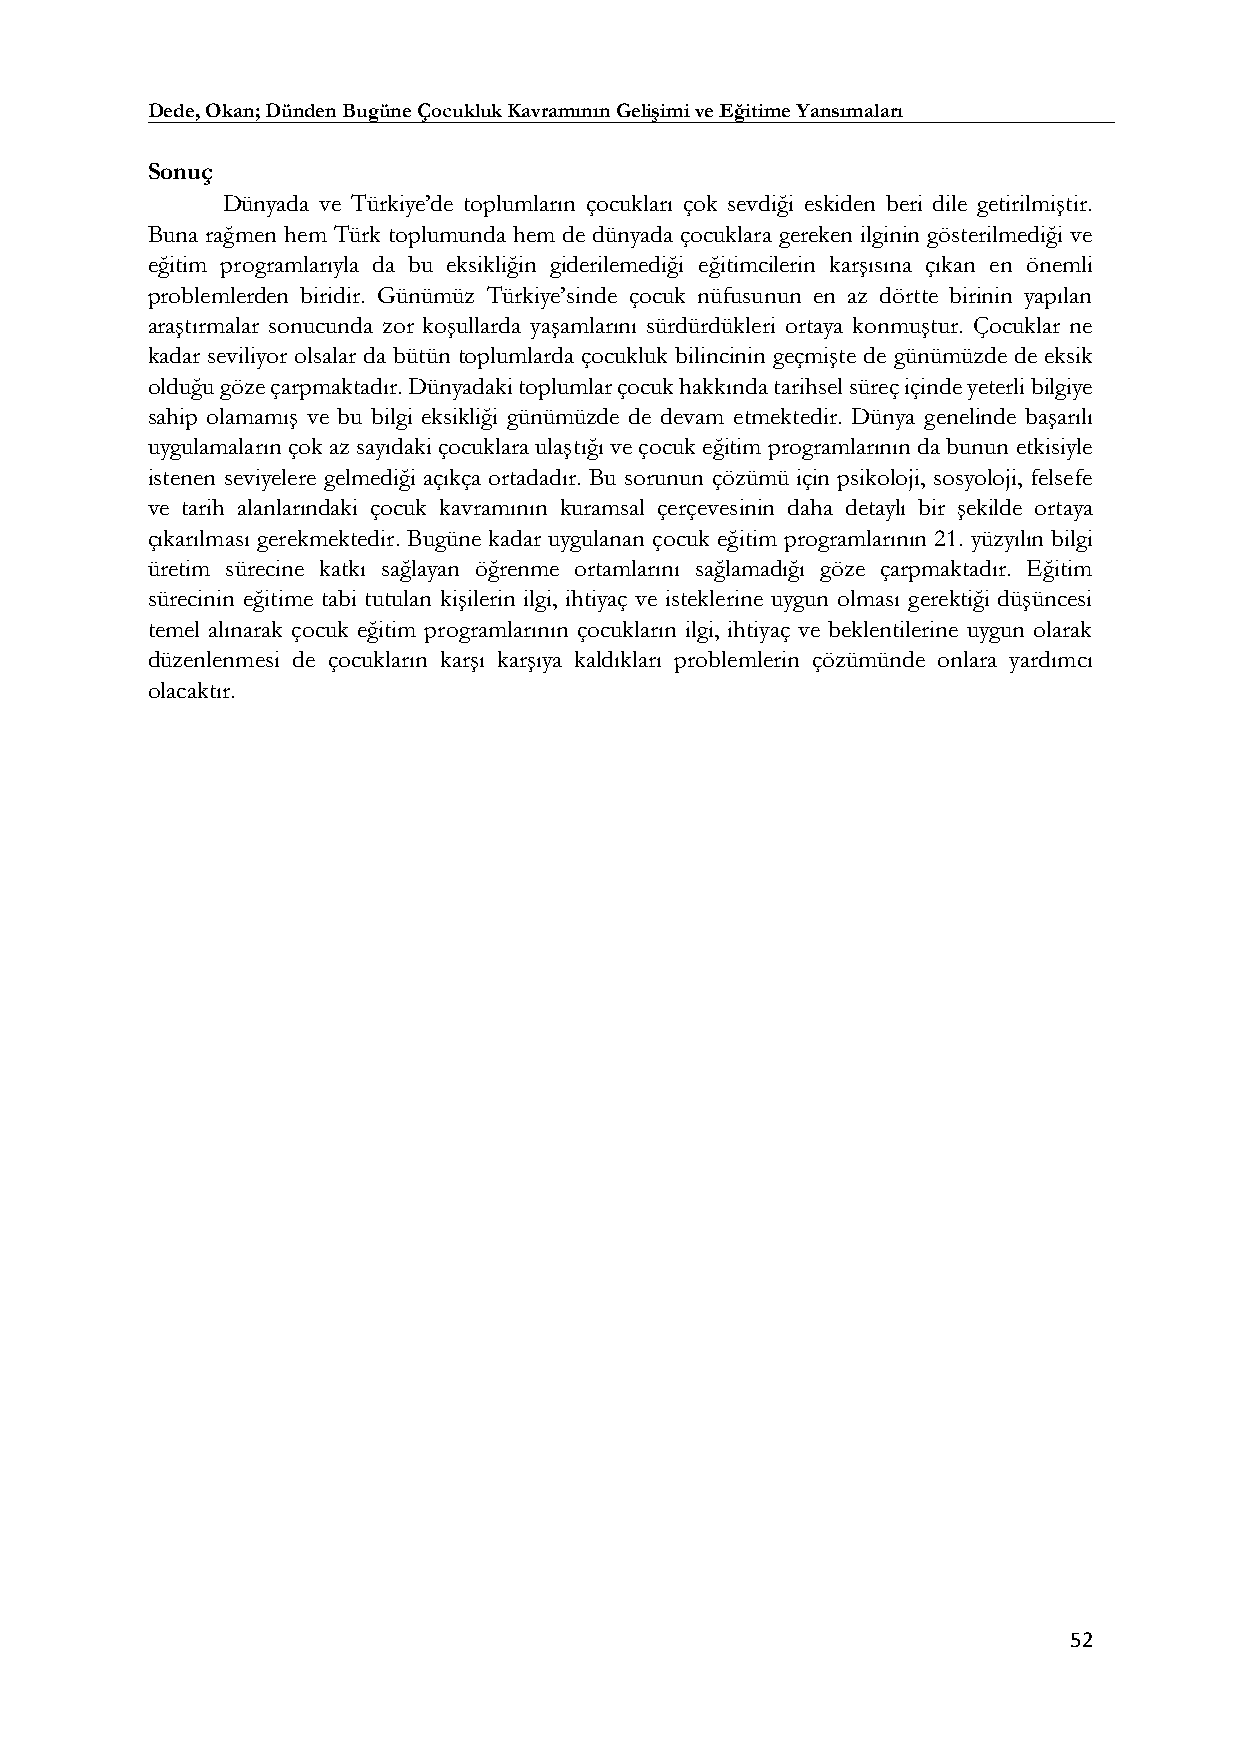
Dede, Okan; Dünden Bugüne Çocukluk Kavramının Gelişimi ve Eğitime Yansımaları
 Sonuç
 Dünyada ve Türkiye’de toplumların çocukları çok sevdiği eskiden beri dile getirilmiştir.
 Buna rağmen hem Türk toplumunda hem de dünyada çocuklara gereken ilginin gösterilmediği ve
 eğitim programlarıyla da bu eksikliğin giderilemediği eğitimcilerin karşısına çıkan en önemli
 problemlerden biridir. Günümüz Türkiye’sinde çocuk nüfusunun en az dörtte birinin yapılan
 araştırmalar sonucunda zor koşullarda yaşamlarını sürdürdükleri ortaya konmuştur. Çocuklar ne
 kadar seviliyor olsalar da bütün toplumlarda çocukluk bilincinin geçmişte de günümüzde de eksik
 olduğu göze çarpmaktadır. Dünyadaki toplumlar çocuk hakkında tarihsel süreç içinde yeterli bilgiye
 sahip olamamış ve bu bilgi eksikliği günümüzde de devam etmektedir. Dünya genelinde başarılı
 uygulamaların çok az sayıdaki çocuklara ulaştığı ve çocuk eğitim programlarının da bunun etkisiyle
 istenen seviyelere gelmediği açıkça ortadadır. Bu sorunun çözümü için psikoloji, sosyoloji, felsefe
 ve tarih alanlarındaki çocuk kavramının kuramsal çerçevesinin daha detaylı bir şekilde ortaya
 çıkarılması gerekmektedir. Bugüne kadar uygulanan çocuk eğitim programlarının 21. yüzyılın bilgi
 üretim sürecine katkı sağlayan öğrenme ortamlarını sağlamadığı göze çarpmaktadır. Eğitim
 sürecinin eğitime tabi tutulan kişilerin ilgi, ihtiyaç ve isteklerine uygun olması gerektiği düşüncesi
 temel alınarak çocuk eğitim programlarının çocukların ilgi, ihtiyaç ve beklentilerine uygun olarak
 düzenlenmesi de çocukların karşı karşıya kaldıkları problemlerin çözümünde onlara yardımcı
 olacaktır.
 52